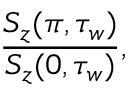
\frac { S _ { z } ( \pi , \tau _ { w } ) } { S _ { z } ( 0 , \tau _ { w } ) } ,